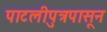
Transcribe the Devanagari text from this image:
पाटलीपुत्रपासून